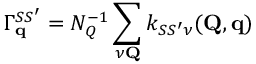
\Gamma _ { \mathbf { q } } ^ { S S ^ { \prime } } = N _ { Q } ^ { - 1 } \sum _ { \nu \mathbf { Q } } k _ { S S ^ { \prime } \nu } ( \mathbf { Q } , \mathbf { q } )